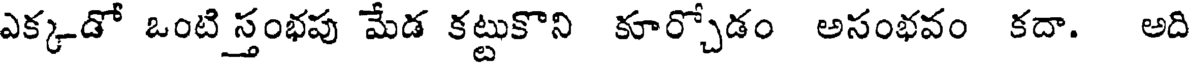
ఎక్కడో ఒంటి స్తంభపు మేడ కట్టుకొని కూర్చోడం అసంభవం కదా. అది